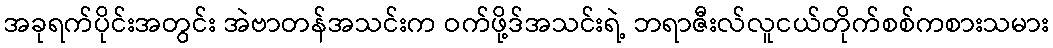
အခုရက်ပိုင်းအတွင်း အဲဗာတန်အသင်းက ဝက်ဖို့ဒ်အသင်းရဲ့ ဘရာဇီးလ်လူငယ်တိုက်စစ်ကစားသမား